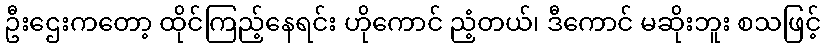
ဦးဌေးကတော့ ထိုင်ကြည့်နေရင်း ဟိုကောင် ညံ့တယ်၊ ဒီကောင် မဆိုးဘူး စသဖြင့်